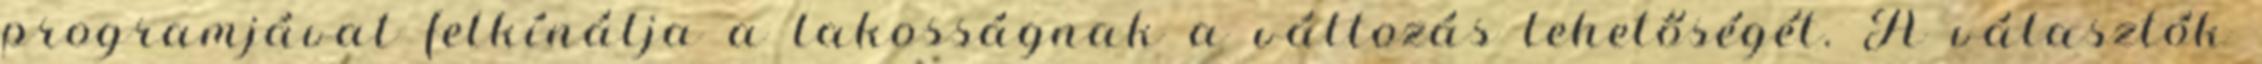
programjával felkínálja a lakosságnak a változás lehetőségét. A választók